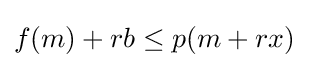
f(m)+rb\leq p(m+rx)